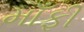
માઁફી